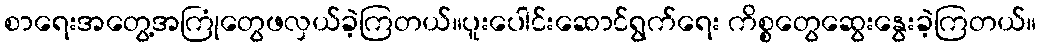
စာရေးအတွေ့အကြုံတွေဖလှယ်ခဲ့ကြတယ်။ပူးပေါင်းဆောင်ရွက်ရေး ကိစ္စတွေဆွေးနွေးခဲ့ကြတယ်။